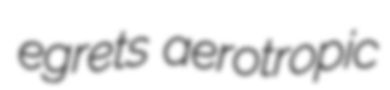
egrets aerotropic